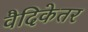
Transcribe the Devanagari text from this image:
वैदिकेतर